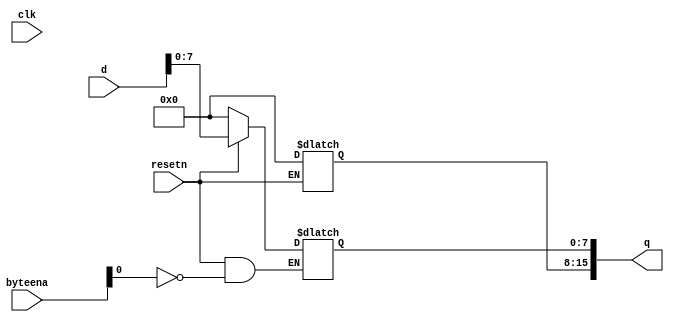
`timescale 1ns / 1ps
//////////////////////////////////////////////////////////////////////////////////
// Company: 
// Engineer: 
// 
// Design Name: 
// Module Name: d_flip
// Project Name: 
// Target Devices: 
// Tool Versions: 
// Description: 
// 
// Dependencies: 
// 
// Revision:
// Revision 0.01 - File Created
// Additional Comments:
// 
//////////////////////////////////////////////////////////////////////////////////


module d_flip(
  input clk,
  input resetn,
  input [1:0] byteena,
  input [15:0] d,
  output reg [15:0] q
);
 
  
  
  always @(clk,d)
  begin
  if (!resetn) begin
    q <=16'b0;
    end 
    else begin
    if (byteena[0]) begin
    q[7:0] <= d[7:0];
    end
    if (byteena[1]) begin
    q[15:8] <=q[15:8];
    end
    end
    end
    
     
endmodule